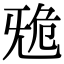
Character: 𣄲